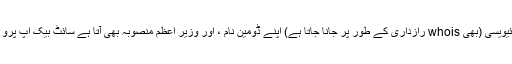
یہ آپ کے وزرائے اعظم کے ساتھ ہے مفت ڈومین پرائیویسی (بھی whois رازداری کے طور پر جانا جاتا ہے) اپنے ڈومین نام ، اور وزیر اعظم منصوبہ بھی آتا ہے سائٹ بیک اپ پرو جو ان کی ویب سائٹ کا بیک اپ اور بحالی خدمت ہے۔